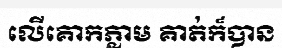
លើគោកភ្លាម គាត់ក៏បាន